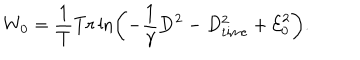
LaTeX: W _ { 0 } = \frac { 1 } { T } T r \ln \left( - \frac { 1 } { \gamma } { \bf D } ^ { 2 } - D _ { \mathrm { t i m e } } ^ { 2 } + { \cal E } _ { 0 } ^ { 2 } \right) .